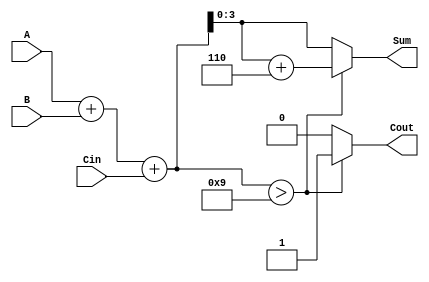
module BCD_Ripple_Carry_Adder (
    input  wire [3:0] A,    // 4-bit BCD input A
    input  wire [3:0] B,    // 4-bit BCD input B
    input  wire Cin,         // Carry input
    output reg  [3:0] Sum,   // 4-bit BCD output Sum
    output reg  Cout         // Carry output
);

    wire [4:0] binary_sum;   // 5-bit to hold the sum and carry
    wire correction_needed;    // Flag to check if correction is needed

    // Step 1: Perform binary addition
    assign binary_sum = A + B + Cin;

    // Step 2: Check if correction is needed (if sum > 9)
    assign correction_needed = binary_sum > 9;

    // Step 3: Perform BCD correction if needed
    always @(*) begin
        if (correction_needed) begin
            Sum = binary_sum + 4'b0110; // Add 6 for BCD correction
            Cout = 1;                    // Set carry output
        end else begin
            Sum = binary_sum[3:0];       // Take the lower 4 bits
            Cout = 0;                    // No carry output
        end
    end

endmodule